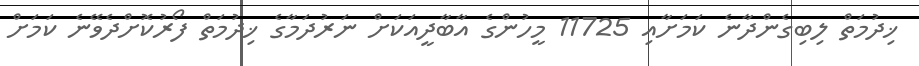
ޚިދުމަތް ލިބިގެންދާނެ ކަމަށާއި 11725 މީހުންގެ އާބާދީއަކަށް ނަރުދަމާގެ ޚިދުމަތް ފޯރުކޮށްދެވޭނެ ކަމަށް